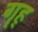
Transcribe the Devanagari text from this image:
गॄह्